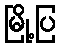
မြို့ပြ